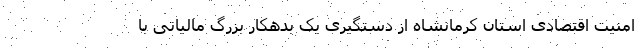
امنیت اقتصادی استان کرمانشاه از دستگیری یک بدهکار بزرگ مالیاتی با